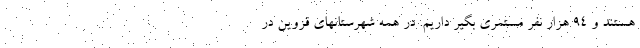
هستند و ۹۴ هزار نفر مستمری بگیر داریم. در همه شهرستانهای قزوین در